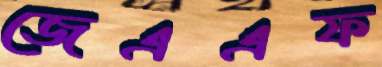
জেএএফ